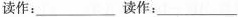
读作：___ 读作：___